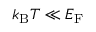
k _ { \mathrm { { B } } } T \ll E _ { \mathrm { F } }